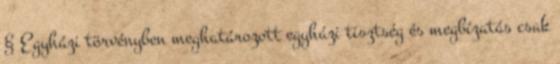
§ Egyházi törvényben meghatározott egyházi tisztség és megbízatás csak